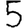
Digit: 5